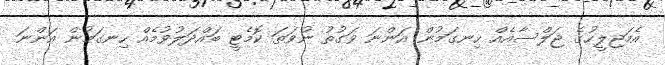
އެމަޖިލީހުގެ ޖަލްސާއެއް ހިނގަމުން އަންނަ ވަގުތު ނުވަތަ ކޮމެޓީ ބައްދަލުވުމެއް ހިނގަމުން އަންނަ